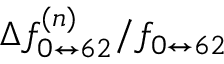
\Delta f _ { 0 \leftrightarrow 6 2 } ^ { ( n ) } / f _ { 0 \leftrightarrow 6 2 }